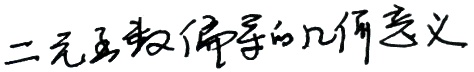
二元函数偏导的几何意义